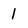
Character: 1